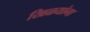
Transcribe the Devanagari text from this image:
खिळयांना